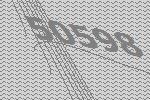
50598